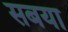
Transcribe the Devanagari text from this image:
सबया